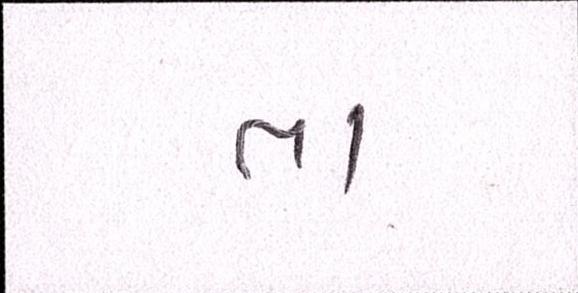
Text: તા